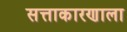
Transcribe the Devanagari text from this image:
सत्ताकारणाला